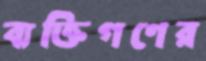
ব্যক্তিগণের